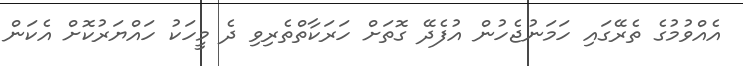
އެއްވުމުގެ ތެރޭގައި ހަމަނުޖެހުން އުފެދޭ ގޮތަށް ހަރަކާތްތެރިވި ދެ މީހަކު ހައްޔަރުކޮށް އެކަން